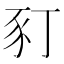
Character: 𧰩